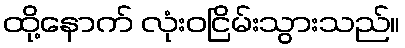
ထို့နောက် လုံးဝငြိမ်းသွားသည်။